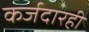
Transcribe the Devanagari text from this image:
कर्जदारही